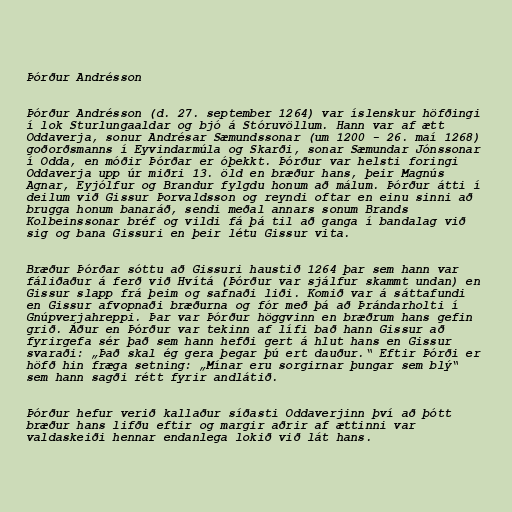
Þórður Andrésson

Þórður Andrésson (d. 27. september 1264) var íslenskur höfðingi
í lok Sturlungaaldar og bjó á Stóruvöllum. Hann var af ætt
Oddaverja, sonur Andrésar Sæmundssonar (um 1200 - 26. maí 1268)
goðorðsmanns í Eyvindarmúla og Skarði, sonar Sæmundar Jónssonar
í Odda, en móðir Þórðar er óþekkt. Þórður var helsti foringi
Oddaverja upp úr miðri 13. öld en bræður hans, þeir Magnús
Agnar, Eyjólfur og Brandur fylgdu honum að málum. Þórður átti í
deilum við Gissur Þorvaldsson og reyndi oftar en einu sinni að
brugga honum banaráð, sendi meðal annars sonum Brands
Kolbeinssonar bréf og vildi fá þá til að ganga í bandalag við
sig og bana Gissuri en þeir létu Gissur vita.

Bræður Þórðar sóttu að Gissuri haustið 1264 þar sem hann var
fáliðaður á ferð við Hvítá (Þórður var sjálfur skammt undan) en
Gissur slapp frá þeim og safnaði liði. Komið var á sáttafundi
en Gissur afvopnaði bræðurna og fór með þá að Þrándarholti í
Gnúpverjahreppi. Þar var Þórður höggvinn en bræðrum hans gefin
grið. Áður en Þórður var tekinn af lífi bað hann Gissur að
fyrirgefa sér það sem hann hefði gert á hlut hans en Gissur
svaraði: „Það skal ég gera þegar þú ert dauður.“ Eftir Þórði er
höfð hin fræga setning: „Mínar eru sorgirnar þungar sem blý“
sem hann sagði rétt fyrir andlátið.

Þórður hefur verið kallaður síðasti Oddaverjinn því að þótt
bræður hans lifðu eftir og margir aðrir af ættinni var
valdaskeiði hennar endanlega lokið við lát hans.